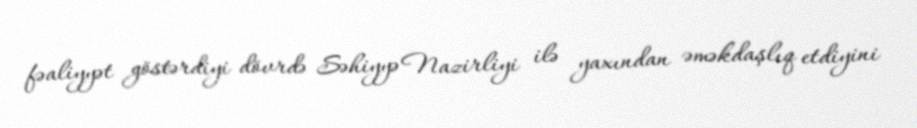
fəaliyyət göstərdiyi dövrdə Səhiyyə Nazirliyi ilə yaxından əməkdaşlıq etdiyini